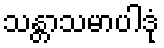
သန္တာသမာပါဒုံ